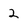
Character: 2